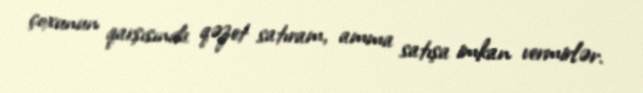
çoxunun qarşısında qəzet satıram, amma satışa imkan vermirlər.